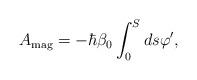
LaTeX: \begin{align*}A_{{\rm mag}}=-\hbar \beta _0\int_0^Sds\varphi ^{\prime },\end{align*}